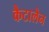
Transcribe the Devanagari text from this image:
कैटालैन